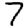
Digit: 7